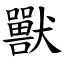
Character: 獸